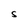
Character: S